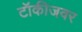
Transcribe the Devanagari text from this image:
टॉकीजवर